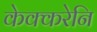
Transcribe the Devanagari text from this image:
केक्करेनि